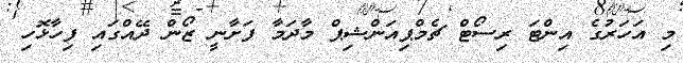
މި އަހަރުގެ އިންޓަ ރިސޯޓް ޗެމްޕިއަންޝިޕް މާދަމާ ފަށާނީ ޒޯން ދޭއްގައި ފިހާޅޮހި